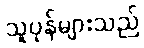
သူပုန်များသည်